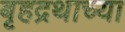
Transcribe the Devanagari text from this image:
बृहद्रथाच्या